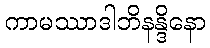
ကာမဿာဒါဘိနန္ဒိနော